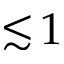
\lesssim \! 1